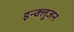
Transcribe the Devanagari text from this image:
इन्क्लूजन